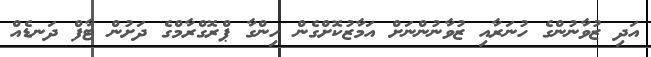
އަދި ޒުވާނުންގެ ހުނަރާއި ޒުވާނުންނަށް އަމާޒުކޮށްގެން ހިންގާ ޕްރޮގްރާމްގެ ދަށުން ޓާފް ދަނޑެއް